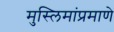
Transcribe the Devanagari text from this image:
मुस्लिमांप्रमाणे